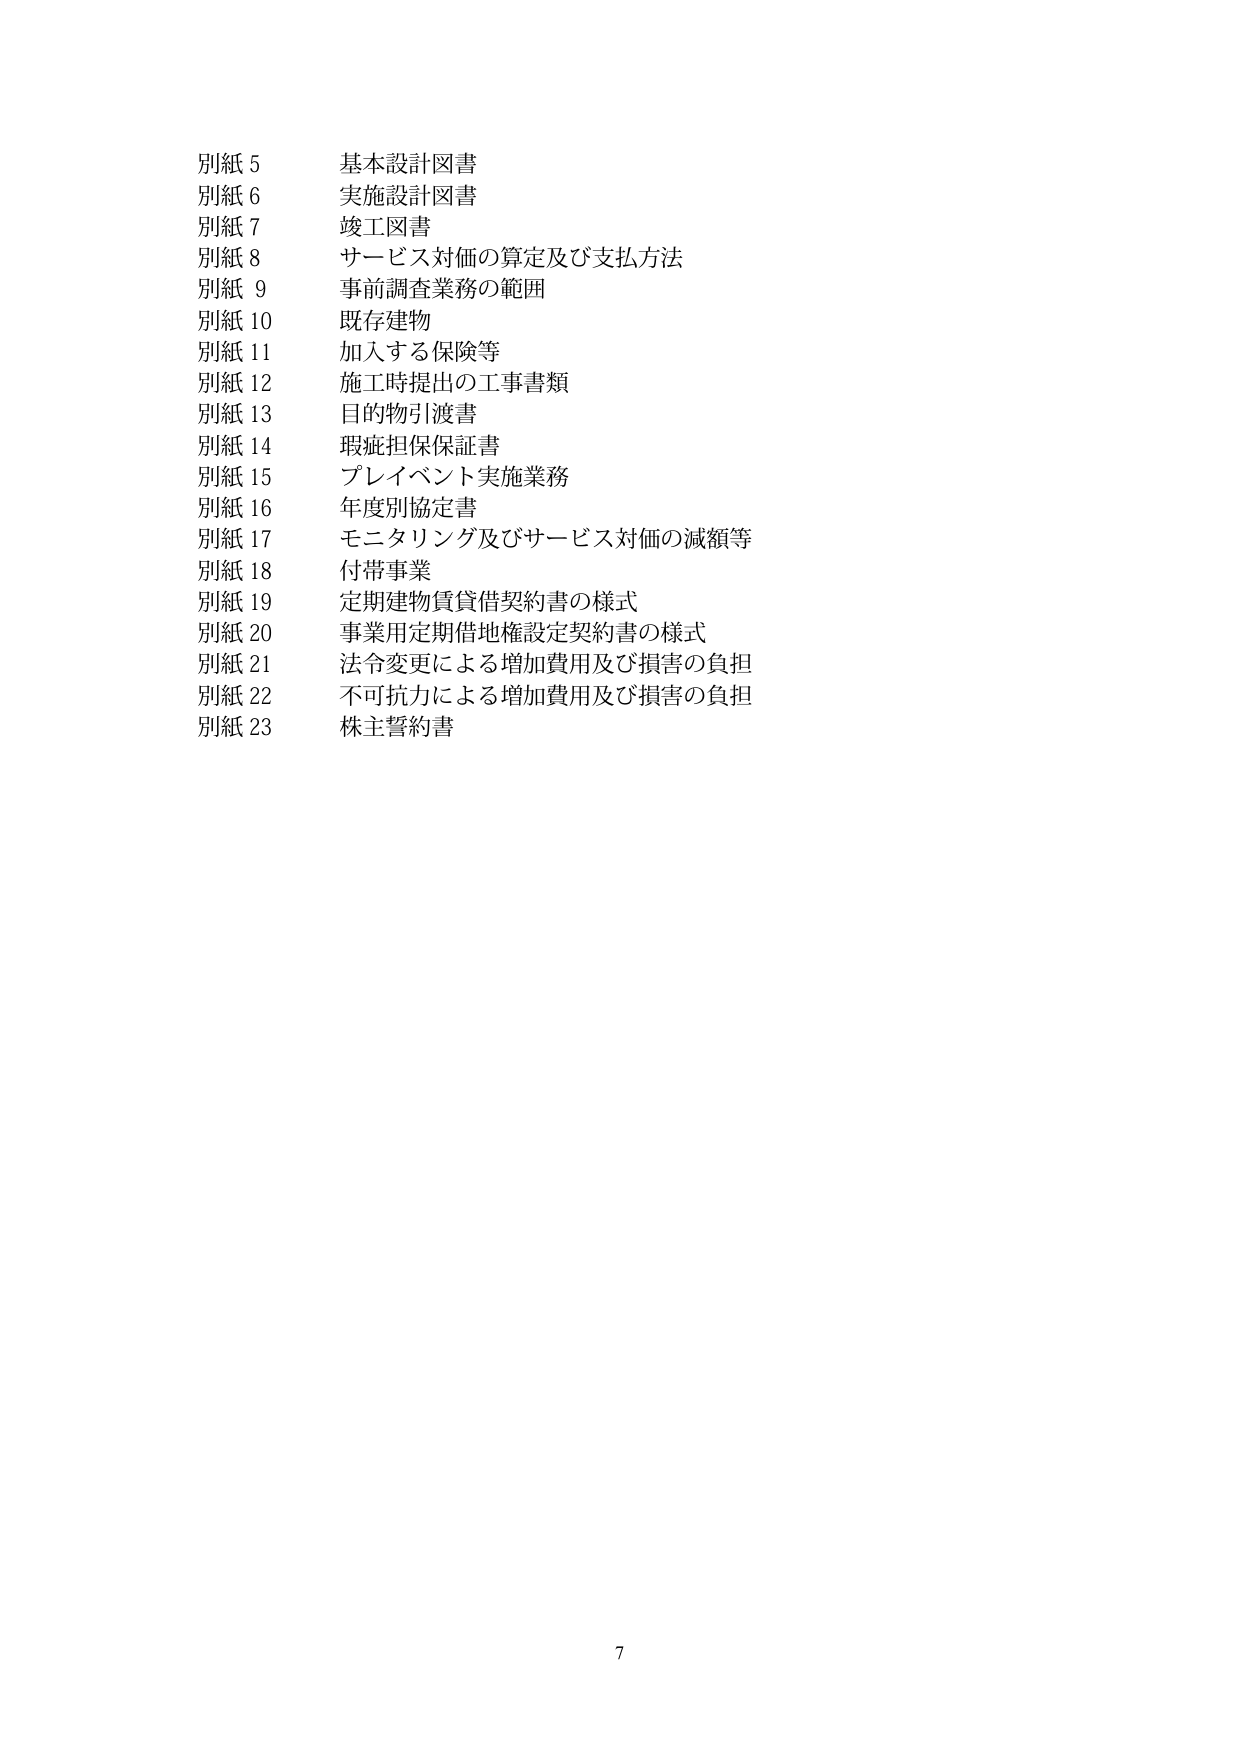
別紙 5 基本設計図書
別紙 6 実施設計図書
別紙 7 竣工図書
別紙 8 サービス対価の算定及び支払方法
別紙 9 事前調査業務の範囲
別紙 10 既存建物
別紙 11 加入する保険等
別紙 12 施工時提出の工事書類
別紙 13 目的物引渡書
別紙 14 瑕疵担保保証書
別紙 15 プレイベント実施業務
別紙 16 年度別協定書
別紙 17 モニタリング及びサービス対価の減額等
別紙 18 付帯事業
別紙 19 定期建物賃貸借契約書の様式
別紙 20 事業用定期借地権設定契約書の様式
別紙 21 法令変更による増加費用及び損害の負担
別紙 22 不可抗力による増加費用及び損害の負担
別紙 23 株主誓約書

7